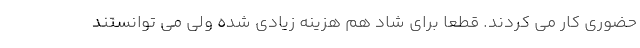
حضوری کار می کردند. قطعا برای شاد هم هزینه زیادی شده ولی می توانستند